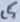
Text: C5